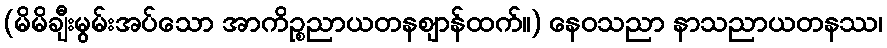
(မိမိချီးမွမ်းအပ်သော အာကိဉ္စညာယတနဈာန်ထက်။) နေဝသညာ နာသညာယတနဿ၊